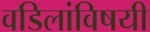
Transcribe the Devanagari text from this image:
वडिलांविषयी